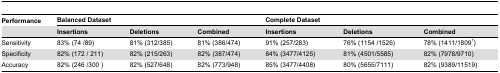
<table><thead><tr><td><b>Performance</b></td><td colspan="3"><b>Balanced Dataset</b></td><td colspan="3"><b>Complete Dataset</b></td></tr><tr><td></td><td><b>Insertions</b></td><td><b>Deletions</b></td><td><b>Combined</b></td><td><b>Insertions</b></td><td><b>Deletions</b></td><td><b>Combined</b></td></tr></thead><tbody><tr><td>Sensitivity</td><td>83% (74 /89) </td><td>81% (312/385)</td><td>81% (386/474)</td><td>91% (257/283)</td><td>76% (1154 /1526)</td><td>78% (1411/1809*)</td></tr><tr><td>Specificity</td><td>82% (172 / 211)</td><td>82% (215/263)</td><td>82% (387/474)</td><td>84% (3477/4125)</td><td>81% (4501/5585)</td><td>82% (7978/9710)</td></tr><tr><td>Accuracy</td><td>82% (246 /300 )</td><td>82% (527/648)</td><td>82% (773/948)</td><td>85% (3477/4408)</td><td>80% (5655/7111)</td><td>82% (9389/11519)</td></tr></tbody></table>